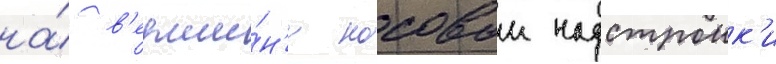
на́ в'ерши́н'е носовои надстроик'и